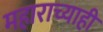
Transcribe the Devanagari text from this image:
महाराच्याही